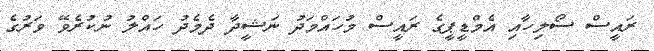
ރައީސް ސޯލިހާއި އެމްޑީޕީގެ ރައީސް މުހައްމަދު ނަޝީދާ ދެމެދު ހައްލު ނުކުރެވޭ ވަރުގެ